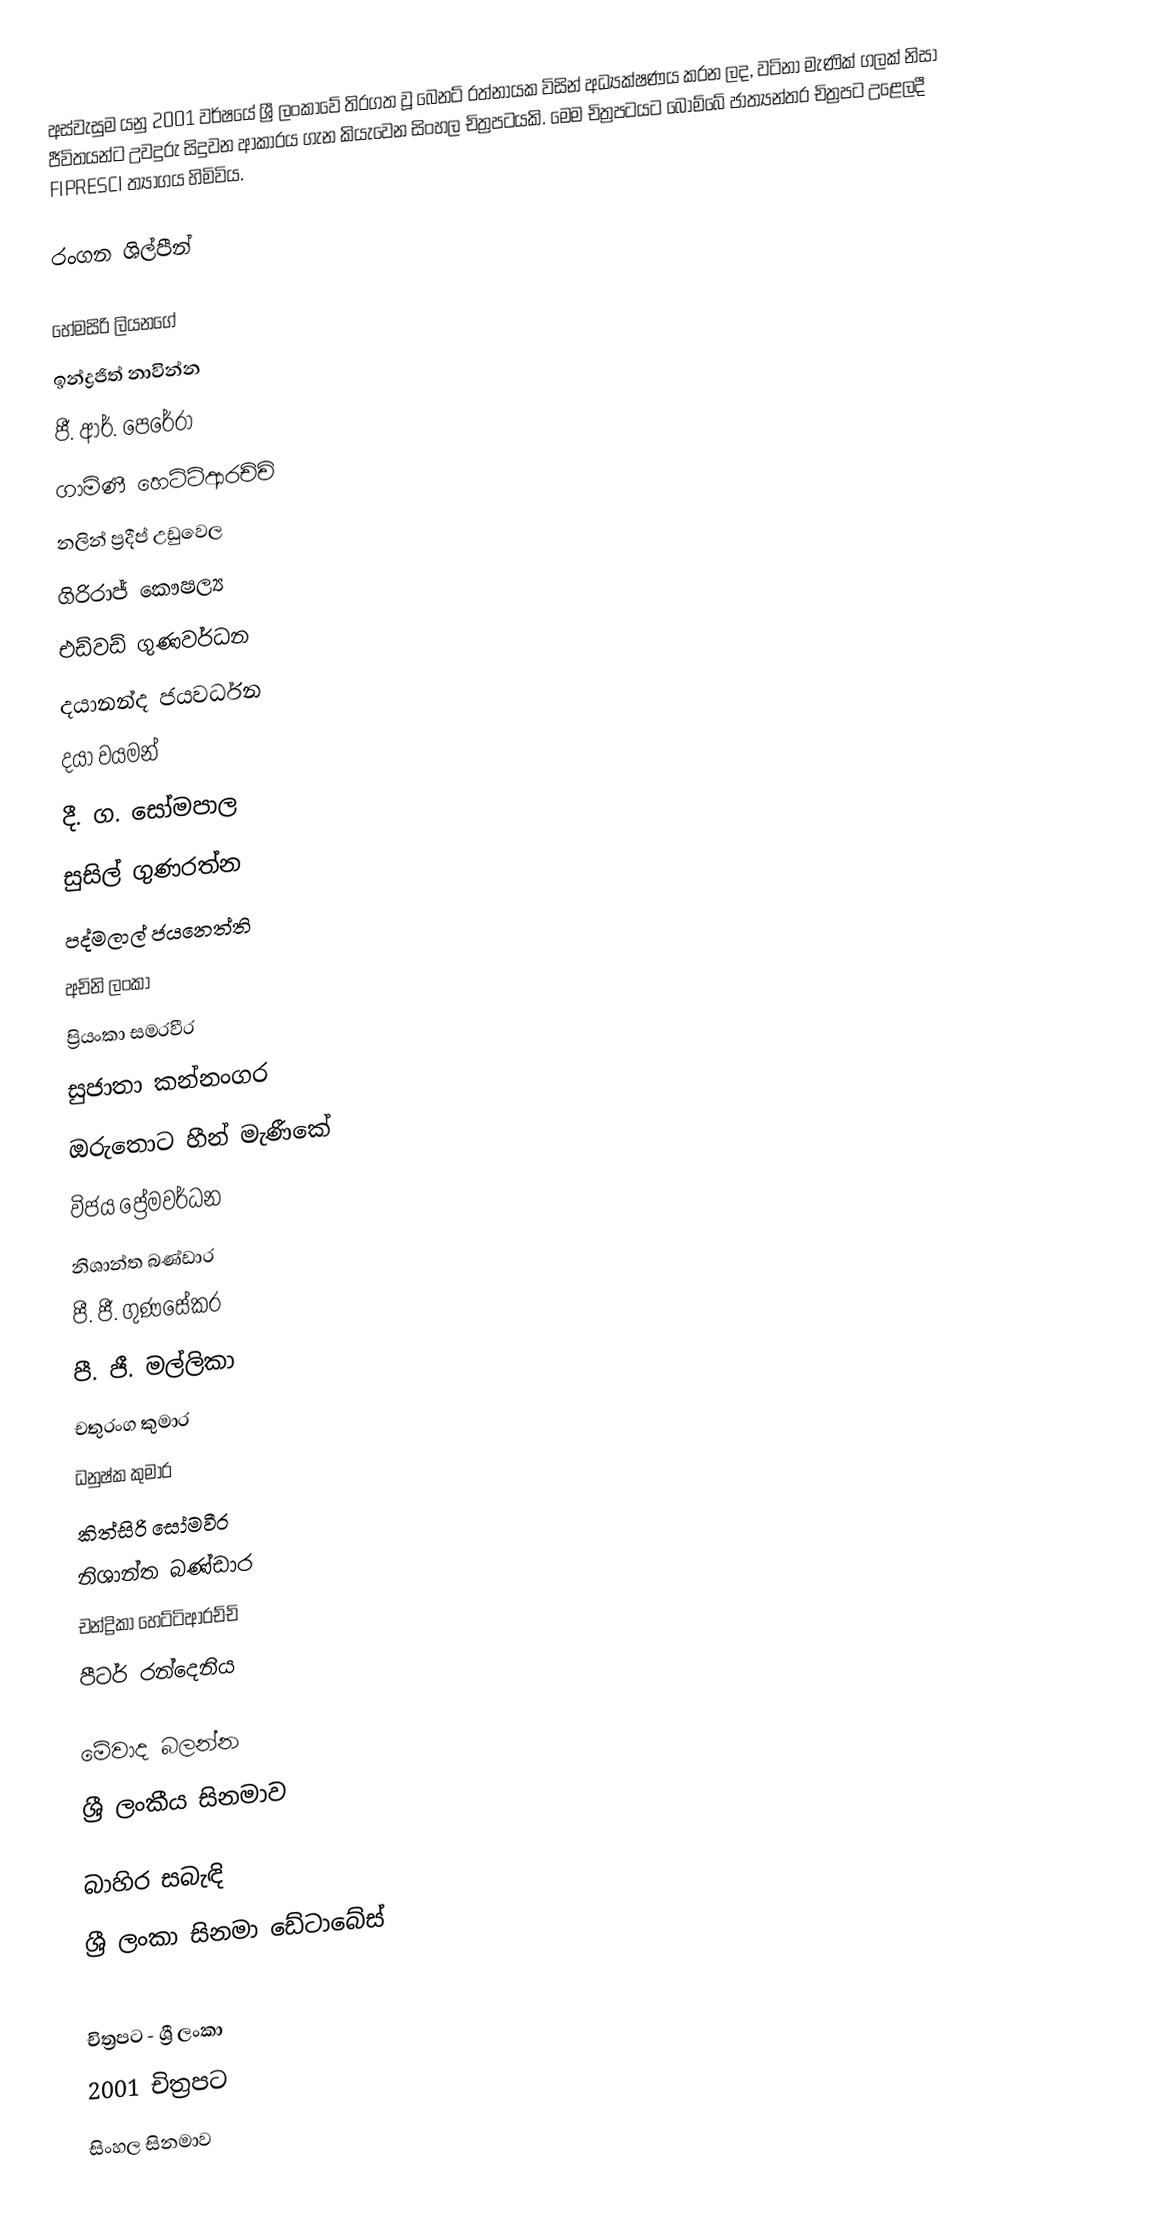
අස්වැසුම යනු 2001 වර්ෂයේ ශ්‍රී ලංකාවේ තිරගත වූ බෙනට් රත්නායක විසින් අධ්‍යක්ෂණය කරන ලද, වටිනා මැණික් ගලක් නිසා ජීවිතයන්ට උවදුරු සිදුවන ආකාරය ගැන කියැවෙන සිංහල චිත්‍රපටයකි. මෙම චිත්‍රපටයට බොම්බේ ජාත්‍යන්තර චිත්‍රපට උළෙලදී FIPRESCI ත්‍යාගය හිමිවිය.

රංගන ශිල්පීන්

හේමසිරි ලියනගේ
ඉන්ද්‍රජිත් නාවින්න
ජී. ආර්. පෙරේරා
ගාමිණී හෙට්ටිආරච්චි
නලින් ප්‍රදීප් උඩුවෙල
ගිරිරාජ් කෞෂල්‍ය
එඩ්වඩ් ගුණවර්ධන
දයානන්ද ජයවර්ධන
දයා වයමන්
දී. ග. සෝමපාල
සුසිල් ගුණරත්න
පද්මලාල් ජයනෙත්ති
අචිනි ලංකා
ප්‍රියංකා සමරවීර
සුජාතා කන්නංගර
ඔරුතොට හීන් මැණීකේ
විජය ප්‍රේමවර්ධන
නිශාන්ත බණ්ඩාර
පී. ජී. ගුණසේකර
පී. ජී. මල්ලිකා
චතුරංග කුමාර
ධනුෂ්ක කුමාර
කිත්සිරි සෝමවීර
නිශාන්ත බණ්ඩාර
චන්ද්‍රිකා හෙට්ටිආරච්චි
පීටර් රන්දෙනිය

මේවාද බලන්න
ශ්‍රී ලංකීය සිනමාව

බාහිර සබැඳි
ශ්‍රී ලංකා සිනමා ඩේටාබේස්

චිත්‍රපට - ශ්‍රී ලංකා
2001 චිත්‍රපට
සිංහල සිනමාව